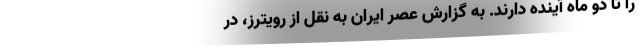
را تا دو ماه آینده دارند. به گزارش عصر ایران به نقل از رویترز، در